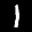
Label: 1